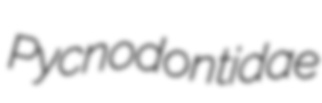
Pycnodontidae